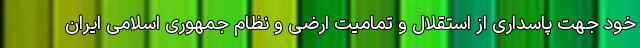
خود جهت پاسداری از استقلال و تمامیت ارضی و نظام جمهوری اسلامی ایران